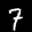
Label: 7